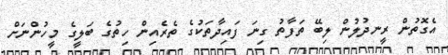
އެގޮތުން ރީނދުލުން ލިބޭ ތަފާތު ގިނަ ފައިދާތަކުގެ ތެރެއިން ހިތުގެ ބަލީގެ މީހުންނަށް